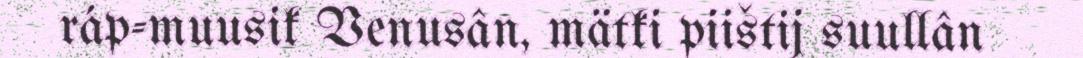
ráp-muusik Venusân, mätki piištij suullân